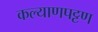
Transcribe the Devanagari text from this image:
कल्याणपट्टण